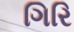
ગિરિ